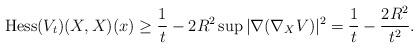
LaTeX: \begin{align*}\mathrm{Hess}(V_t)(X,X)(x)\geq\frac{1}{t}-2R^2\sup|\nabla(\nabla_XV)|^2 =\frac{1}{t}-\frac{2R^2}{t^2}.\end{align*}